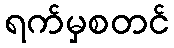
ရက်မှစတင်